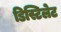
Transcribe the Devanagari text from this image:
डिस्टिलेट